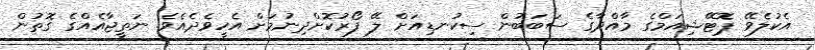
އެކުލެވޭ ޕޮޓޭޝިއަމްގެ މާއްދާގެ ސަބަބުން ސިކުނޑިއަށް ލޭ ފޯރުކޮށްދިނުމަށް އެހީވެދެއެވެ. ނަތީޖާއެއްގެ ގޮތުން